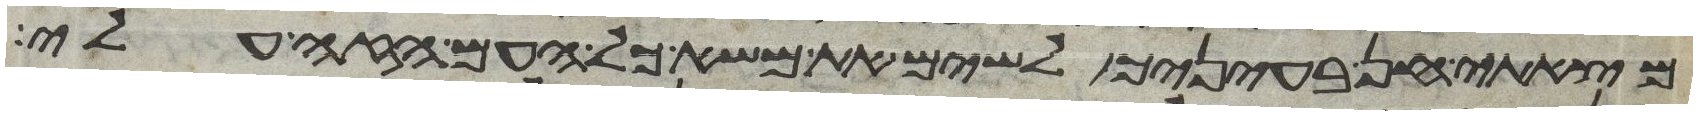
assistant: מצאתי חן בעיניך לשים את משא כל העם הזה עלי